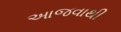
આજવાથી